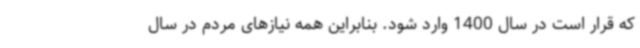
که قرار است در سال 1400 وارد شود. بنابراین همه نیازهای مردم در سال